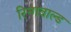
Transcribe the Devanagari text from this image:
रिन्गवाल्ड